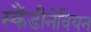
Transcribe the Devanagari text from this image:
स्कैंडीनेवियन